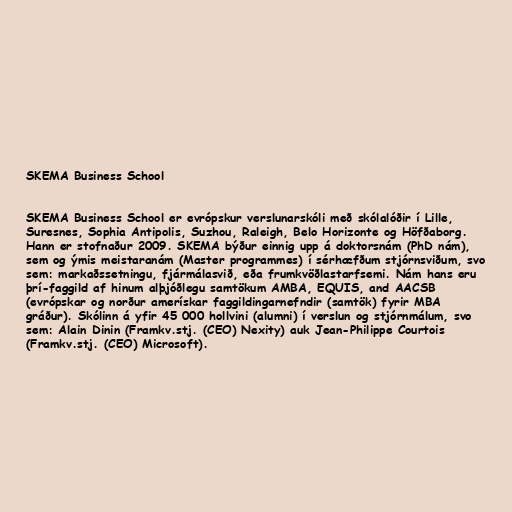
SKEMA Business School

SKEMA Business School er evrópskur verslunarskóli með skólalóðir í Lille,
Suresnes, Sophia Antipolis, Suzhou, Raleigh, Belo Horizonte og Höfðaborg.
Hann er stofnaður 2009. SKEMA býður einnig upp á doktorsnám (PhD nám),
sem og ýmis meistaranám (Master programmes) í sérhæfðum stjórnsviðum, svo
sem: markaðssetningu, fjármálasvið, eða frumkvöðlastarfsemi. Nám hans eru
þrí-faggild af hinum alþjóðlegu samtökum AMBA, EQUIS, and AACSB
(evrópskar og norður amerískar faggildingarnefndir (samtök) fyrir MBA
gráður). Skólinn á yfir 45 000 hollvini (alumni) í verslun og stjórnmálum, svo
sem: Alain Dinin (Framkv.stj. (CEO) Nexity) auk Jean-Philippe Courtois
(Framkv.stj. (CEO) Microsoft).